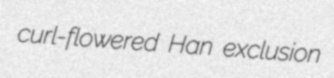
curl-flowered Han exclusion